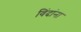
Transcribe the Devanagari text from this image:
विंदांना